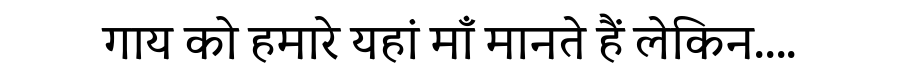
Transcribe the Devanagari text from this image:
गाय को हमारे यहां माँ मानते हैं लेकिन....